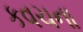
કવચના